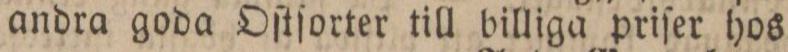
andra goda Oſtſorter till billiga priſer hos